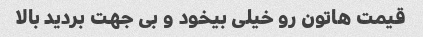
قیمت هاتون رو خیلی بیخود و بی جهت بردید بالا